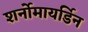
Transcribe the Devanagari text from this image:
शर्नोमायर्डिन